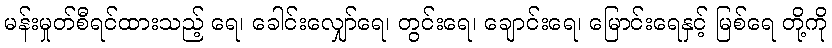
မန်းမှုတ်စီရင်ထားသည့် ရေ၊ ခေါင်းလျှော်ရေ၊ တွင်းရေ၊ ချောင်းရေ၊ မြောင်းရေနှင့် မြစ်ရေ တို့ကို